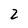
Character: 2